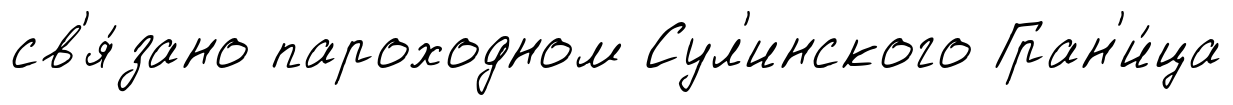
св'я́зано пароходном Сул'инского Гран'и́ца